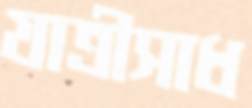
যাত্রীসাধ